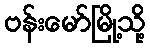
ဗန်းမော်မြို့သို့